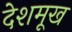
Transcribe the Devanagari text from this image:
देशमूख